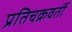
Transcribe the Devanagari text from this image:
प्रतिचक्रवर्ती